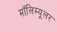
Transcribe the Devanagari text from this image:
मॉलिम्यूलर